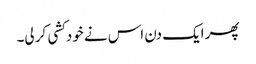
پھر ایک دن اس نے خودکشی کر لی۔